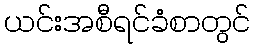
ယင်းအစီရင်ခံစာတွင်